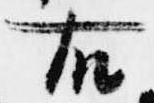
右